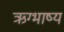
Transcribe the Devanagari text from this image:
ऋग्भाष्य